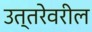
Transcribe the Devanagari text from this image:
उत्तरेवरील